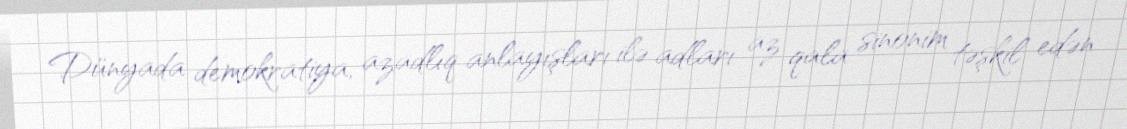
Dünyada demokratiya, azadlıq anlayışları ilə adları az qala sinonim təşkil edən